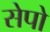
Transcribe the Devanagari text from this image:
सेपो